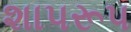
શાપરૂપ